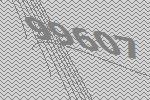
99607